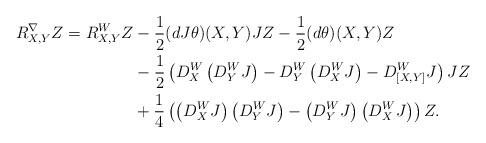
LaTeX: \begin{align*} R^\nabla_{X,Y}Z = R^W_{X,Y}Z & - \frac{1}{2}(dJ\theta)(X,Y)JZ-\frac{1}{2}(d\theta)(X,Y)Z \\ & -\frac{1}{2}\left(D^W_X\left(D^W_YJ\right)-D^W_Y\left(D^W_XJ\right)-D^W_{[X,Y]}J \right)JZ\\ & +\frac{1}{4}\left(\left(D^W_XJ\right)\left(D^W_YJ\right) -\left(D^W_YJ\right)\left(D^W_XJ\right) \right)Z. \end{align*}